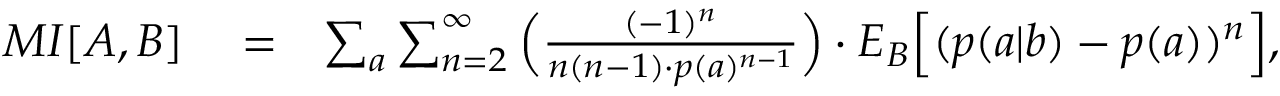
\begin{array} { r l r } { { M I } [ A , B ] } & { { } = } & { \sum _ { a } \sum _ { n = 2 } ^ { \infty } \Big ( \frac { ( - 1 ) ^ { n } } { n ( n - 1 ) \cdot p ( a ) ^ { n - 1 } } \Big ) \cdot { E } _ { B } \Big [ ( p ( a | b ) - p ( a ) ) ^ { n } \Big ] , } \end{array}